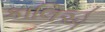
કાલિએ